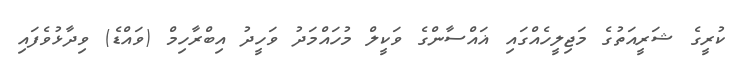
ކުރީގެ ޝަރީއަތުގެ މަޖިލީހެއްގައި ޣައްސާންގެ ވަކީލް މުހައްމަދު ވަހީދު އިބްރާހިމް (ވައްޑެ) ވިދާޅުވެފައި